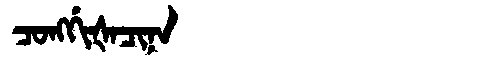
Manchu: ᠴᠣᠩᡤᡳᡧᠠᠴᡳᠨᠠ
Romanization: CONGGIŠACINA